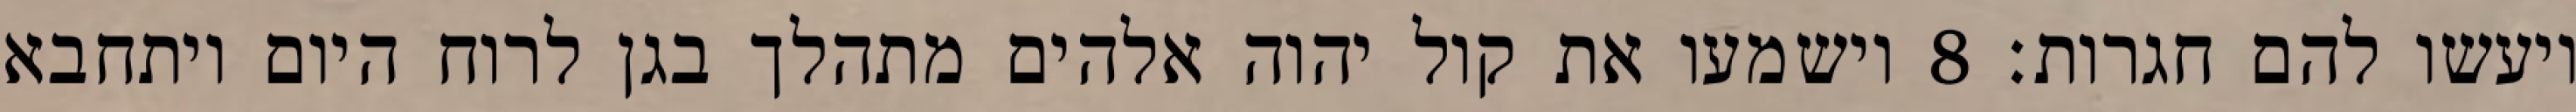
ויעשו להם חגרות׃ ‎8‏ וישמעו את קול יהוה אלהים מתהלך בגן לרוח היום ויתחבא